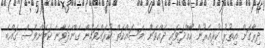
ދިރާގަށް އިތުރު ކުރިއެރުން ހޯއްދަވައި ދެއްވަން މަސައްކަތް ކުރައްވަމުން ގެންދަވާނެ ކަމަށްވެސް ގައްބެ